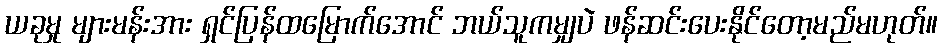
ယခုမှု များမန်းအား ရှင်ပြန်ထမြောက်အောင် ဘယ်သူကမျှပဲ ဖန်ဆင်းပေးနိုင်တော့မည်မဟုတ်။